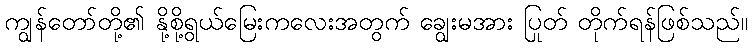
ကျွန်တော်တို့၏ နို့စို့ရွယ်မြေးကလေးအတွက် ချွေးမအား ပြုတ် တိုက်ရန်ဖြစ်သည်။